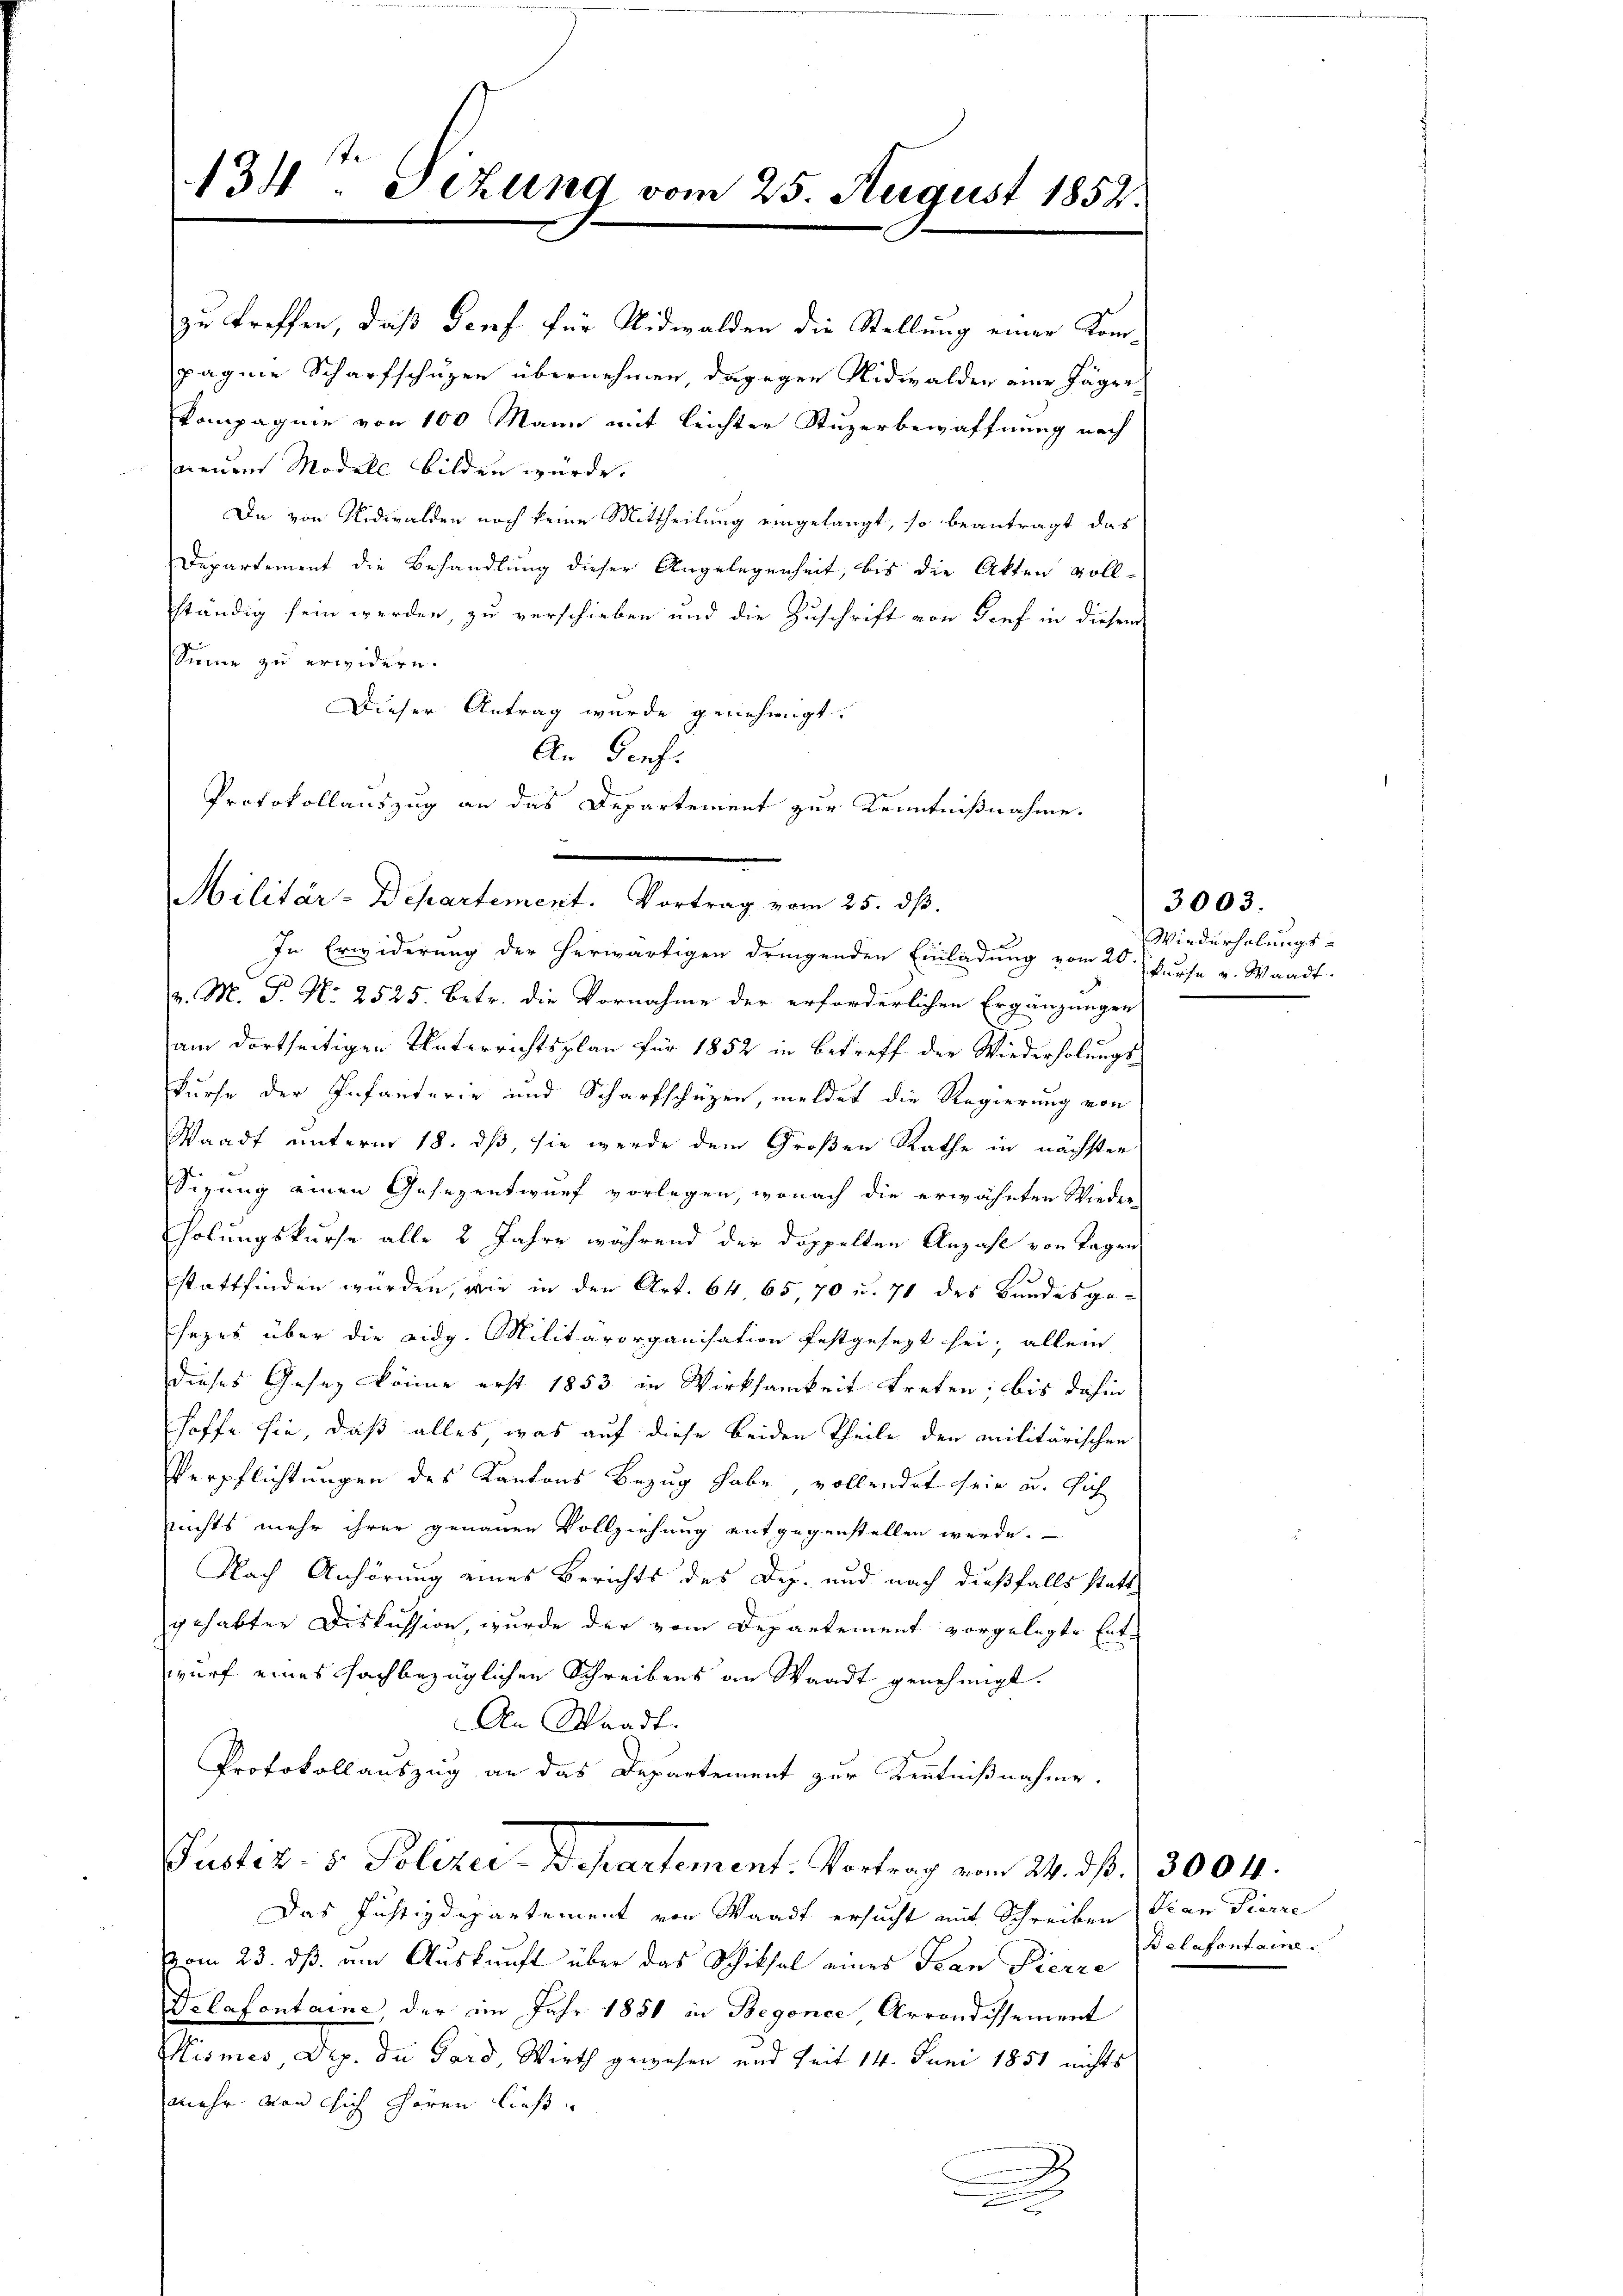
zu treffen, daß Torf für Nidwalden die Stellung einer Kompagnie Scharfschuzen übernehmen, dagegen Nidwalden eine Jäger
kompagnie von 100 Mann mit leichter Stuzerbewaffnung nach
neuen Modell bilden würde.
Da von Nidwalden noch keine Mittheilung eingelangt, so beantragt das
Departement die Behandlung dieser Angelegenheit, bis die Akten vollständig sein werden, zu verschieben und die Zuschrift von Genf in diesem
sume zu erwidern.
Dieser Antrag wurde genehmigt.
An Genf.
Protokollauszug an das Departement zur Kenntnißnahme.

134. Sezung vom 25. August 1852.

Militär-Departement. Vortrag vom 25. dß.
In Erwiderung der herwärtigen dringenden Einladung vom 20. Kurse v. Waadt.

v. M. P. N. 2525. Betr. die Vornahme der erforderlichen Ergänzungen
am dortseitigen Unterrichtsplan für 1852 in Betreff der Wiederholungskurse der Infanterie und Scharfschüzen, meldet die Regierung von
Waadt unterm 18. dß, sie werde dem Großen Rathe in nächster
Sigung einen Gesezentwurf vorlegen, wonach die erwähnten Wieder
holungskurse alle 2 Jahre während der doppelten Anzahl von Tagen
stattfinden wurden, wie in den Art. 64 65, 70 u. 71 des Bundesge-
sezes über die eidg. Militärorganisation festgesezt sei; allein
dieses Gesez könne erst 1853 in Wirksamkeit treten; bis dahin
hoffe sie, daß alles, was auf diese beiden Theile den militärischen
Verpflichtungen des Kantons Bezug habe, vollendet sein u. sich
nichts mehr ihrer genauen Vollziehung entgegenstellen werde.
Nach Anhörung eines Berichts des Dep. und nach dießfalls statt
gehabter Diskussion, wurde der vom Departement vorgelegte Ent-
wurf eines fachbezüglichen Schreibens an Waadt genehmigt.
An Waadt.
Protokollauszug an das Departement zur Kenntnißnahme.
Pustiz- & Polizei-Departement. Vortrag vom 24. dß. 13004.
Das Justizdepartement von Waadt ersucht mit Schreiben, Pian Pierre
vom 23. ds am Auskunft über das Schiksal eines Kan Fierze
Drlafontaine, der im Jahr 1851 in Begonce, Arrondissement
Mismes Dep. di Pard, Wirth gewesen und seit 14. Juni 1851 nichts
mehr von sich hören ließ.
e
.

Wiederholungs-

3003.

Balafontaine.